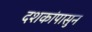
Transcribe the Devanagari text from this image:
दशकांपासुन